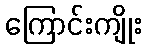
ကြောင်းကျိုး